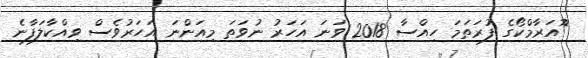
ޮްއަރާމްކޯގެ ފުރަތަމަ ހިއްސާ 2018 ވަނަ އަހަރު ނުވަތަ މިއަންނަ އަހަރުވެސް ވިއްކާލަފާނެ